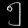
Digit: ၅